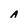
Character: A